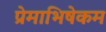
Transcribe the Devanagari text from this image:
प्रेमाभिषेकम